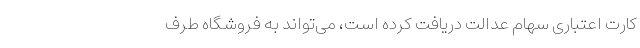
کارت اعتباری سهام عدالت دریافت کرده است، می‌تواند به فروشگاه طرف